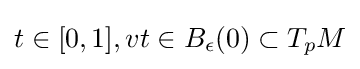
t\in [0,1],vt\in B_{\epsilon }(0)\subset T_{p}M